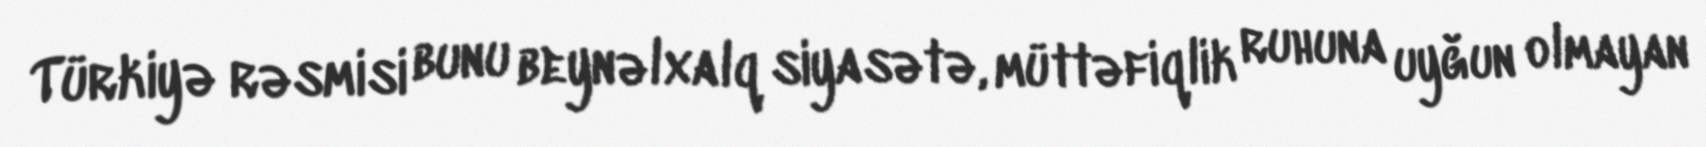
Türkiyə rəsmisi bunu beynəlxalq siyasətə, müttəfiqlik ruhuna uyğun olmayan